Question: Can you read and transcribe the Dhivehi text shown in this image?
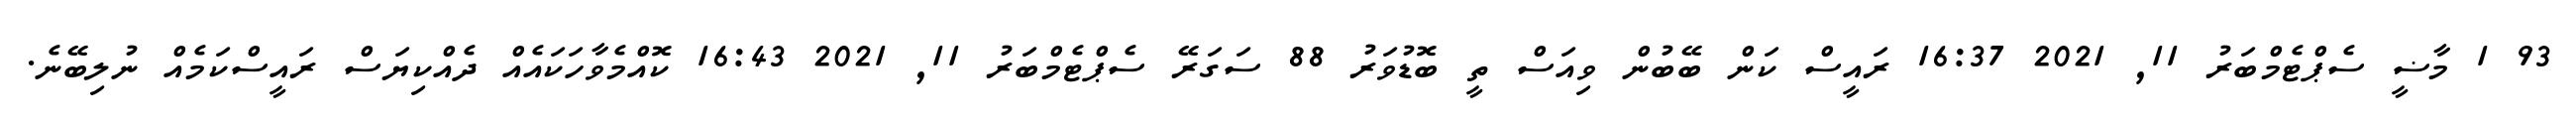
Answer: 93 1 މާޟީ ސެޕްޓެމްބަރު 11, 2021 16:37 ރައީސް ކަން ބޭބުން ވިއަސް ތީ ބޮޑުވަރު 88 ސަގަރޭ ސެޕްޓެމްބަރު 11, 2021 16:43 ކޮއްމެވާހަކައެއް ދެއްކިޔަސް ރައީސްކަމެއް ނުލިބޭނެ.